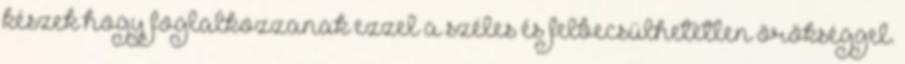
készek hogy foglalkozzanak ezzel a széles és felbecsülhetetlen örökséggel.